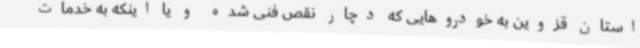
استان قزوین به خودروهایی که دچار نقص فنی شده و یا اینکه به خدمات